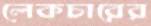
লেকচারের